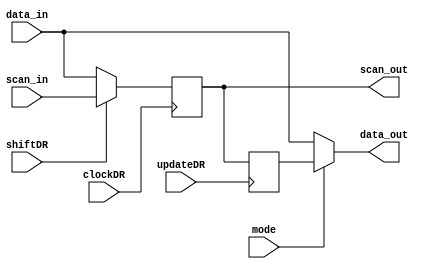
module BSC_Cell 
  (data_out, scan_out, data_in, mode, scan_in, shiftDR, updateDR, clockDR);
output 	data_out;
output		scan_out;
input		data_in;
input		mode, scan_in, shiftDR, updateDR, clockDR;
reg		scan_out, update_reg;

always @ (posedge clockDR) begin
scan_out <= shiftDR ? scan_in : data_in;
end

always @ (posedge updateDR) update_reg <= scan_out;
assign data_out = mode ? update_reg : data_in;

endmodule